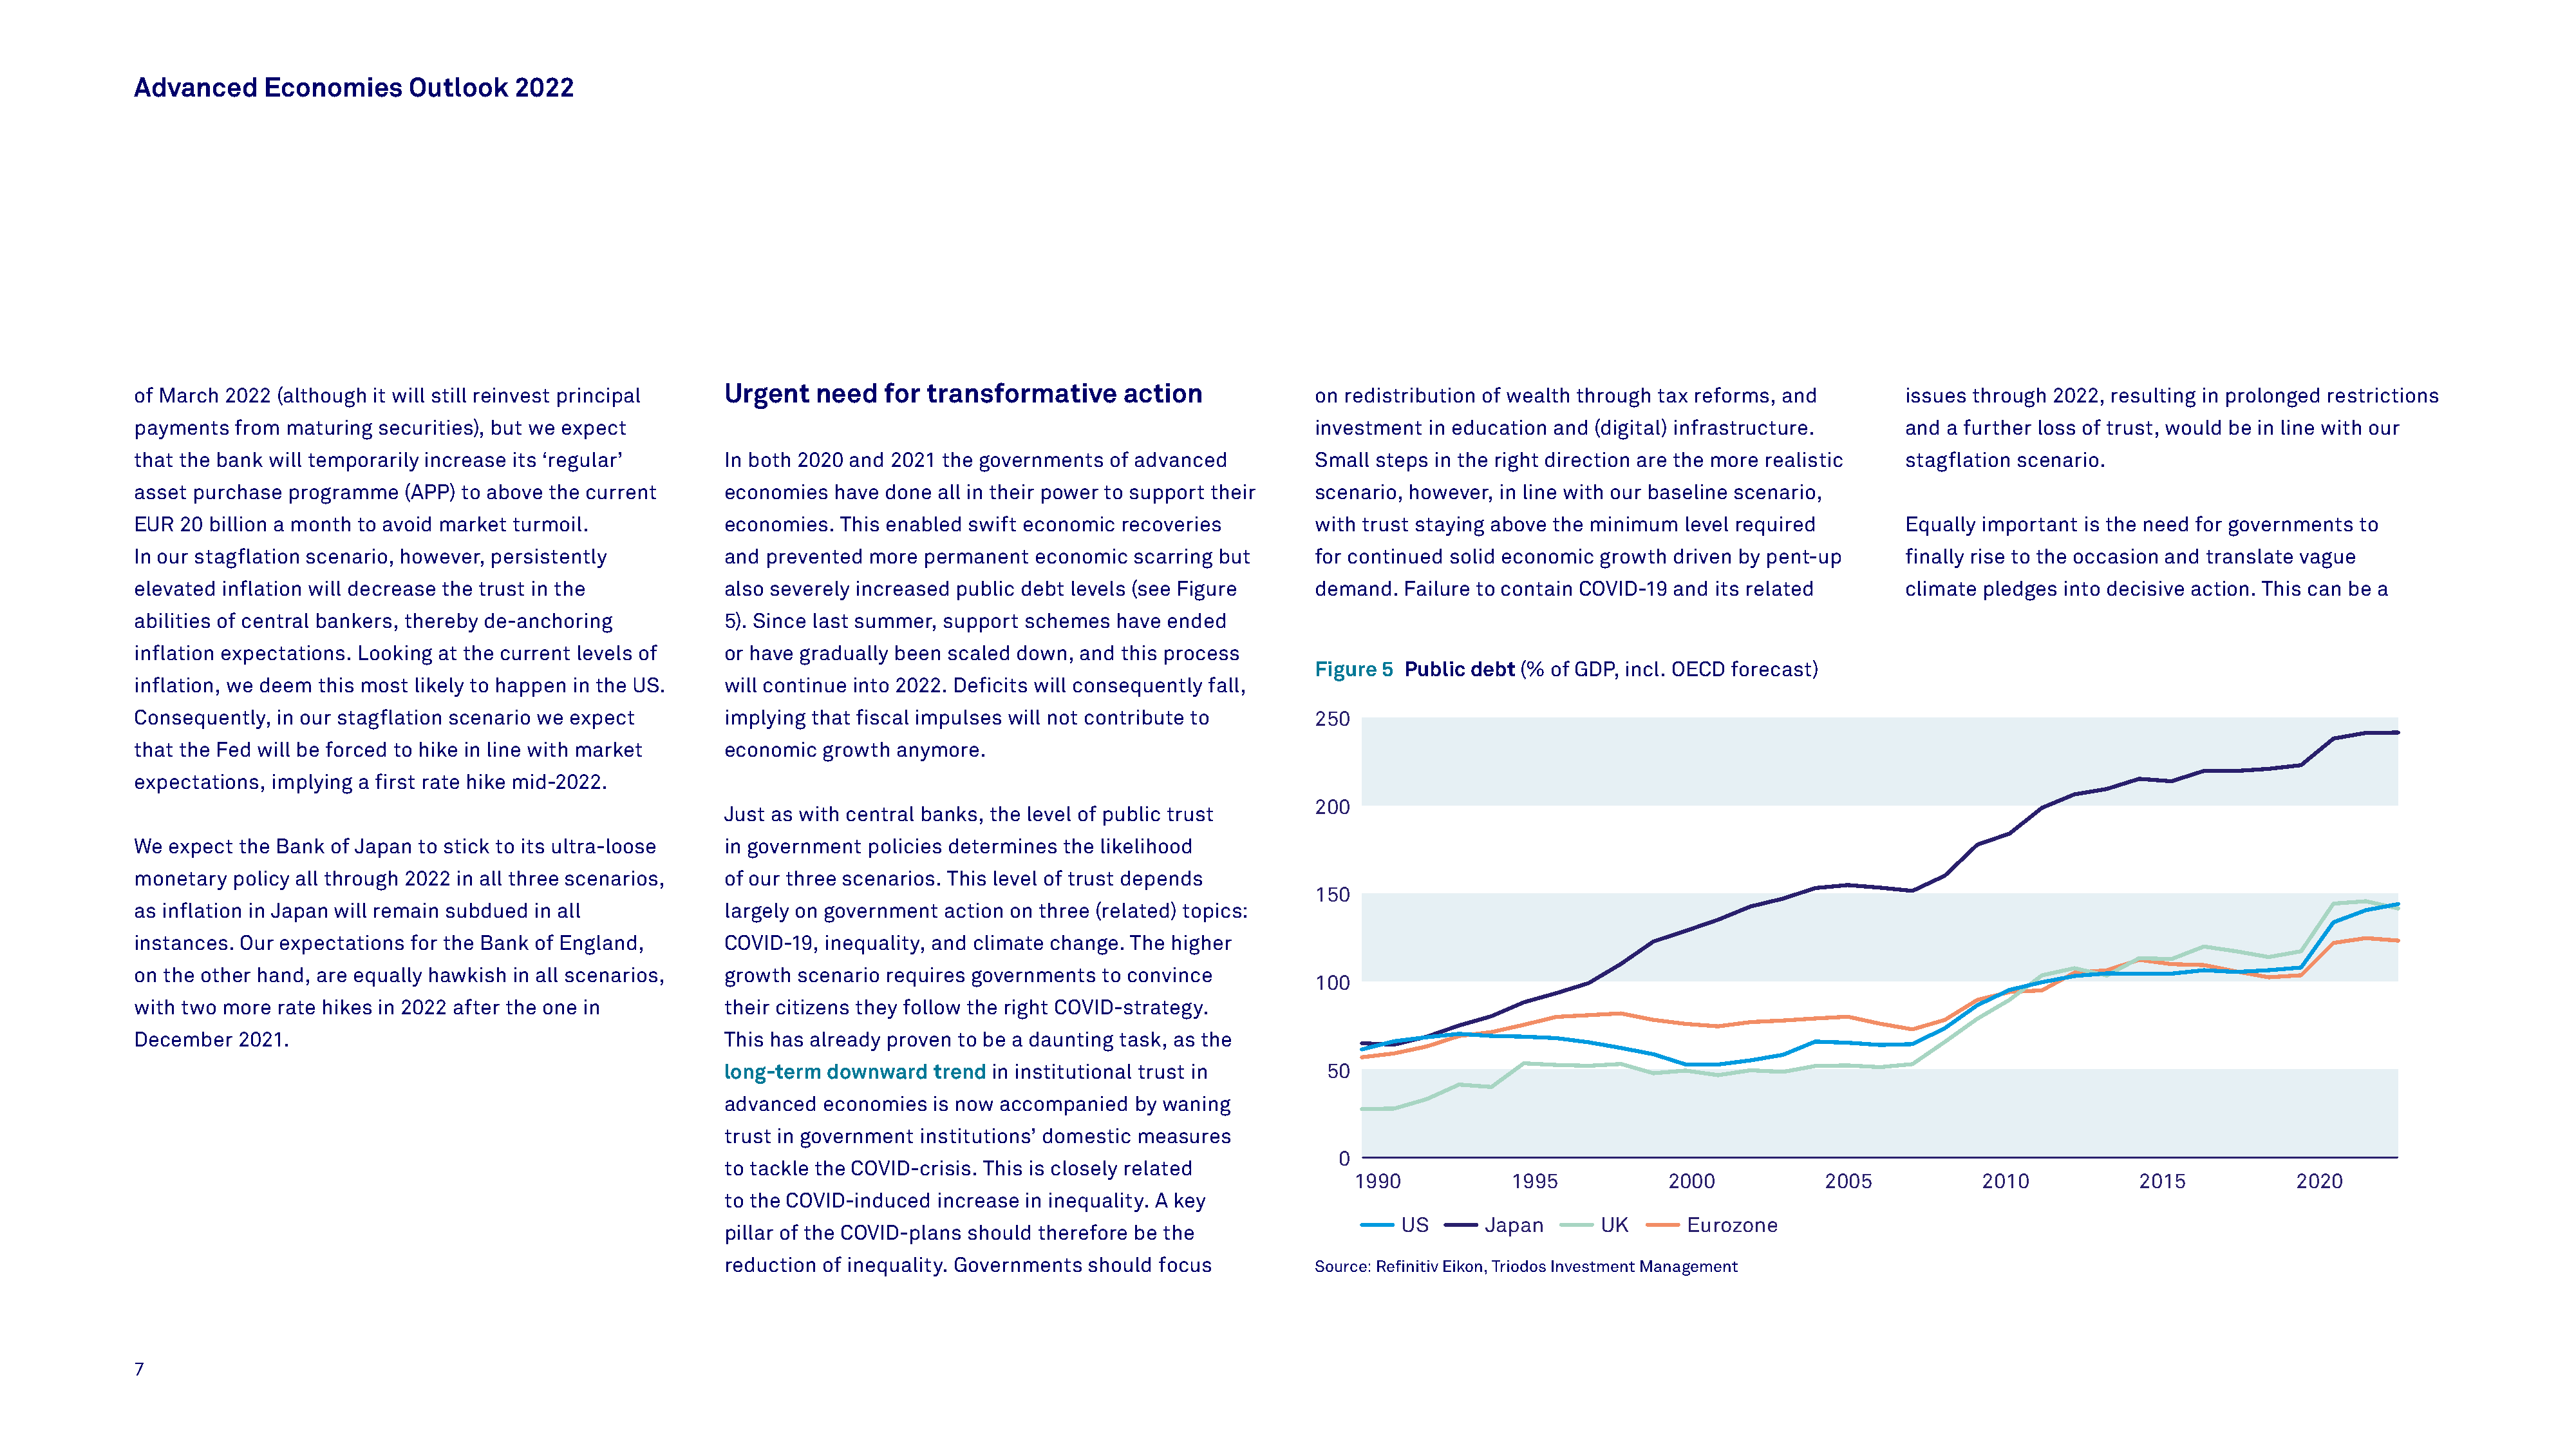
Advanced     Economies      Outlook    2022
 of March 2022 (although it will still reinvest principal    Urgent    need   for transformative       action             on redistribution of wealth through tax reforms, and         issues through 2022, resulting in prolonged restrictions
 payments  from maturing  securities), but we expect                                                                      investment  in education and (digital) infrastructure.       and a further loss of trust, would be in line with our
 that the bank will temporarily increase its ‘regular’       In both 2020 and  2021 the governments  of advanced          Small steps in the right direction are the more realistic    stagflation scenario.
 asset purchase  programme   (APP) to above the current      economies   have done all in their power to support their    scenario, however, in line with our baseline scenario,
 EUR  20 billion a month to avoid market turmoil.            economies.  This enabled  swift economic recoveries          with trust staying above the minimum  level required         Equally important is the need for governments  to
 In our stagflation scenario, however, persistently          and  prevented more  permanent  economic   scarring but      for continued solid economic growth  driven by pent-up       finally rise to the occasion and translate vague
 elevated inflation will decrease the trust in the           also severely increased public debt levels (see Figure       demand.  Failure to contain COVID-19 and its related         climate pledges into decisive action. This can be a
 abilities of central bankers, thereby de-anchoring          5). Since last summer, support schemes   have ended
 inflation expectations. Looking at the current levels of    or have gradually been scaled  down, and this process
 Figure 5 Public debt (% of GDP, incl. OECD forecast)
 inflation, we deem this most likely to happen in the US.    will continue into 2022. Deficits will consequently fall,
 Consequently, in our stagflation scenario we expect         implying that fiscal impulses will not contribute to         250
 that the Fed will be forced to hike in line with market     economic   growth anymore.
 expectations, implying a first rate hike mid-2022.
 200
 Just as with central banks, the level of public trust
 We expect  the Bank of Japan to stick to its ultra-loose    in government  policies determines the likelihood
 monetary  policy all through 2022 in all three scenarios,   of our three scenarios. This level of trust depends
 150
 as inflation in Japan will remain subdued in all            largely on government  action on three (related) topics:
 instances. Our expectations for the Bank of England,        COVID-19,  inequality, and climate change. The higher
 on the other hand, are equally hawkish in all scenarios,    growth  scenario requires governments  to convince
 100
 with two more  rate hikes in 2022 after the one in          their citizens they follow the right COVID-strategy.
 December   2021.                                            This has already proven to be a daunting task, as the
 long-term  downward   trend in institutional trust in         50
 advanced   economies  is now accompanied   by waning
 trust in government  institutions’ domestic measures
 0
 to tackle the COVID-crisis. This is closely related
 1990            1995            2000             2005            2010            2015            2020
 to the COVID-induced  increase in inequality. A key
 US       Japan       UK      Eurozone
 pillar of the COVID-plans should therefore be the
 reduction  of inequality. Governments should focus           Source: Refinitiv Eikon, Triodos Investment Management
 7